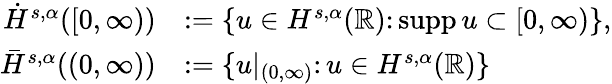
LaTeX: \begin{array}{rl}{\dot{H}^{s,\alpha}([0,\infty))}&{:=\{ u\in H^{s,\alpha}(\mathbb{R})\colon\operatorname{supp}u\subset[0,\infty)\} ,}\\ {\bar{H}^{s,\alpha}((0,\infty))}&{:=\{ u|_{(0,\infty)}\colon u\in H^{s,\alpha}(\mathbb{R})\} }\end{array}